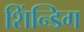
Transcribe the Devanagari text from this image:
शिंन्डिग